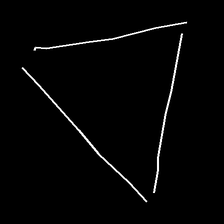
Glyph: convergence